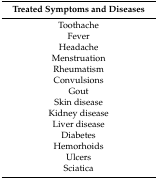
<table><thead><tr><td><b>Treated Symptoms and Diseases</b></td></tr></thead><tbody><tr><td>Toothache</td></tr><tr><td>Fever</td></tr><tr><td>Headache</td></tr><tr><td>Menstruation</td></tr><tr><td>Rheumatism</td></tr><tr><td>Convulsions</td></tr><tr><td>Gout</td></tr><tr><td>Skin disease</td></tr><tr><td>Kidney disease</td></tr><tr><td>Liver disease</td></tr><tr><td>Diabetes</td></tr><tr><td>Hemorhoids</td></tr><tr><td>Ulcers</td></tr><tr><td>Sciatica</td></tr></tbody></table>